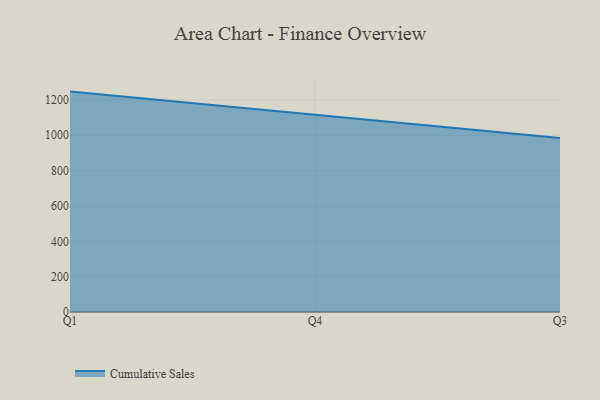
{"axis": {"x": "Quarter", "y": "Waste Production (Tons)"}, "legend": ["Cumulative Sales"], "data": [{"x": "Q1", "y": 1247.0, "type": "Cumulative Sales"}, {"x": "Q4", "y": 1113.6, "type": "Cumulative Sales"}, {"x": "Q3", "y": 984.0, "type": "Cumulative Sales"}]}